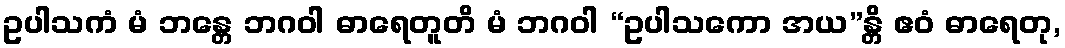
ဥပါသကံ မံ ဘန္တေ ဘဂဝါ ဓာရေတူတိ မံ ဘဂဝါ “ဥပါသကော အယ”န္တိ ဧဝံ ဓာရေတု,